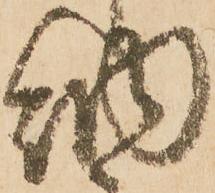
納